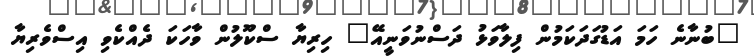
"ބުނާނެ ހަމަ އަޑުގަދަކަމުން ފިލާވަޅު ދަސްނުވަނީއޭ" ހިރިޔާ ސްކޫލުން ވާހަކަ ދެއްކެވި އިސްވެރިޔާ